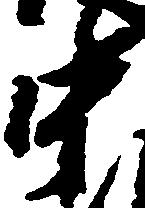
中